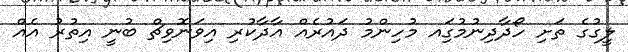
ލީގުގެ ތަށި ހޯދާދިނުމުގަިއ މުހިންމު ދައުރެއް އާދާކުރި އިވަނޮވިޗް ބުނީ އިތުރު އެއް